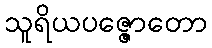
သူရိယပဇ္ဇောတော